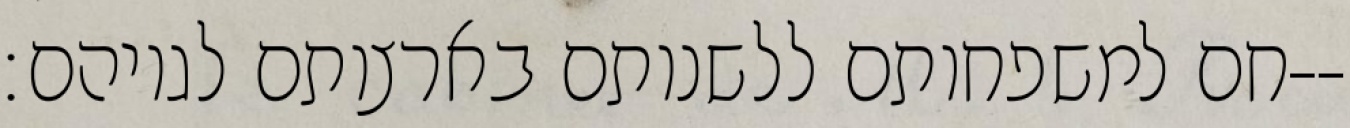
חם למשפחותם ללשנותם בארצותם לגויהם׃--